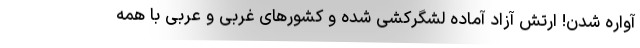
آواره شدن! ارتش آزاد آماده لشگرکشی شده و کشورهای غربی و عربی با همه